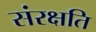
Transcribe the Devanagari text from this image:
संरक्षति